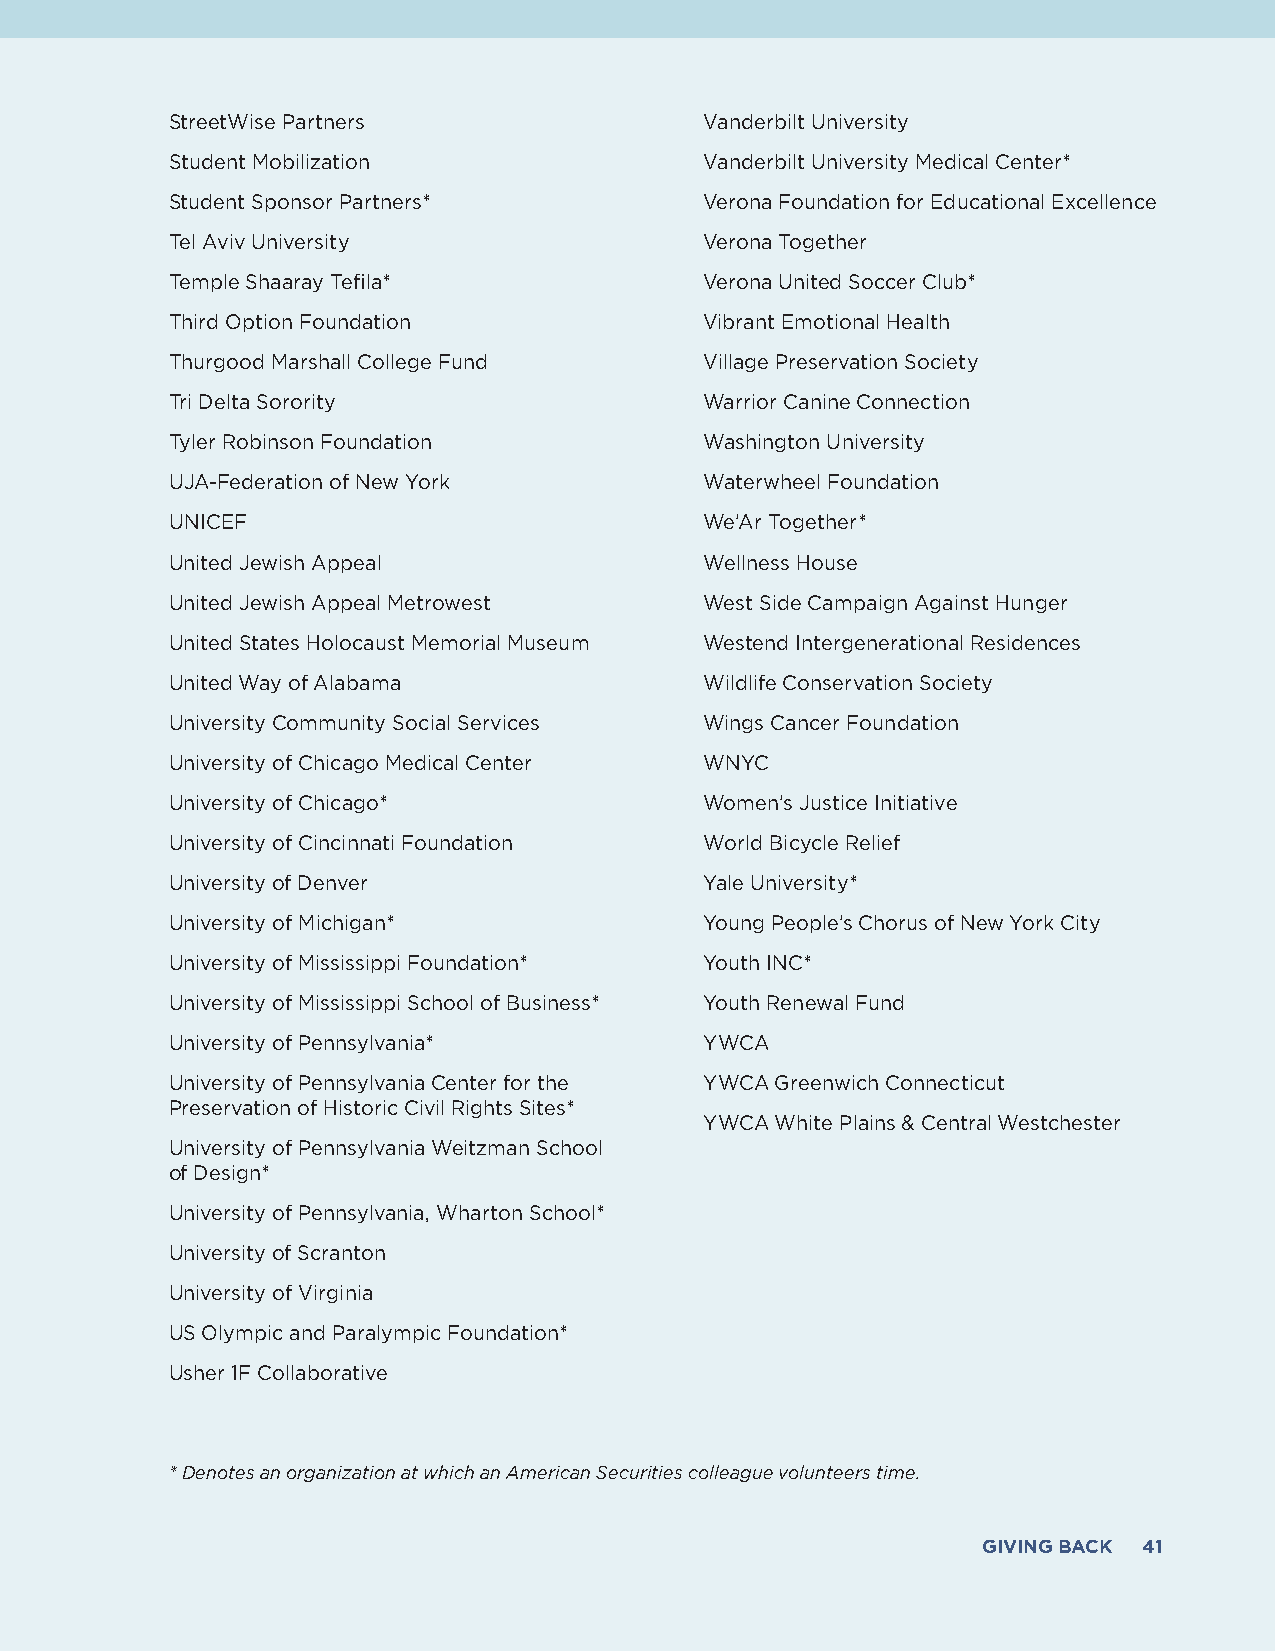
StreetWise Partners                 Vanderbilt University
 Student Mobilization                Vanderbilt University Medical Center*
 Student Sponsor Partners*           Verona Foundation for Educational Excellence
 Tel Aviv University                 Verona Together
 Temple Shaaray Tefila*              Verona United Soccer Club*
 Third Option Foundation             Vibrant Emotional Health
 Thurgood Marshall College Fund      Village Preservation Society
 Tri Delta Sorority                  Warrior Canine Connection
 Tyler Robinson Foundation           Washington University
 UJA-Federation of New York          Waterwheel Foundation
 UNICEF                              We’Ar Together*
 United Jewish Appeal                Wellness House
 United Jewish Appeal Metrowest      West Side Campaign Against Hunger
 United States Holocaust Memorial Museum Westend Intergenerational Residences
 United Way of Alabama               Wildlife Conservation Society
 University Community Social Services Wings Cancer Foundation
 University of Chicago Medical Center WNYC
 University of Chicago*              Women’s Justice Initiative
 University of Cincinnati Foundation World Bicycle Relief
 University of Denver                Yale University*
 University of Michigan*             Young People’s Chorus of New York City
 University of Mississippi Foundation* Youth INC*
 University of Mississippi School of Business* Youth Renewal Fund
 University of Pennsylvania*         YWCA
 University of Pennsylvania Center for the YWCA Greenwich Connecticut
 Preservation of Historic Civil Rights Sites*
 YWCA White Plains & Central Westchester
 University of Pennsylvania Weitzman School
 of Design*
 University of Pennsylvania, Wharton School*
 University of Scranton
 University of Virginia
 US Olympic and Paralympic Foundation*
 Usher 1F Collaborative
 * Denotes an organization at which an American Securities colleague volunteers time.
 GIVING BACK 41